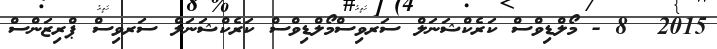
2015  8 - މޯލްޑިވްސް ކަރެކްޝަނަލް ސަރވިސްމޯލްޑިވްސް ކަރެކްޝަނަލް ސަރވިސް ޕްރިޒަންސް